Medical and sanitary report of the native army of Madras for the year
Year: 1878
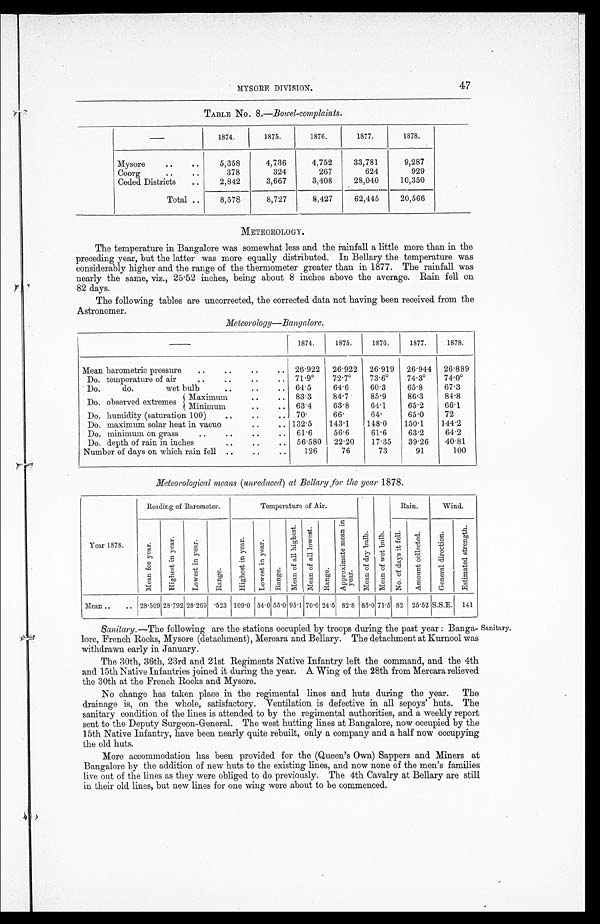
MYSORE DIVISION.
47
TABLE No. 8.—Bowel-complaints.
—
1874.
1875.
1876.
1877.
1878.
Mysore
..
..
5,358
4,736
4,752
33,781
9,287
Coorg
..
. .
378
324
267
624
929
Ceded Districts
..
2,842
3,667
3,408
28,040
10,350
Total ..
8,578
8,727
8,427
62,445
20,566
METEOROLOGY.
The temperature in Bangalore was somewhat less and the rainfall a little more than in the
preceding year, but the latter was more equally distributed. In Bellary the temperature was
considerably higher and the range of the thermometer greater than in 1877. The rainfall was
nearly the same, viz., 25.52 inches, being about 8 inches above the average. Rain fell on
82 days.
The following tables are uncorrected, the corrected data not having been received from the
Astronomer.
Meteorology—Bangalore.
—
1874.
1875.
1876.
1877.
1878.
Mean barometric pressure
..
..
..
.. 26.922 26.922 26.919 26.944 26.889
Do. temperature of air
. . ..
..
.. 71.9°72.7°73.6°74.3°74.0°D
o.
do.
wet bulb
. .
..
. . 64.5
64.6
60.3
65.8
67.3
Do. observed extremes Maximum
. .
. . 83.3
84.7
85.9
86.3
84.8
Minimum
. .
. . 63.4
63.8
64.1
65.2
66.1
Do. humidity (saturation 100)
..
..
. . 7 0 .
66.
64.
65.0
72
Do. maximum solar heat in vacuo . .
. .
. . 132.5
143.1
148.0
150.1
144.2
Do. minimun on grass
..
..
..
.. 61.6
56.6
61.6
63.2
64.2
Do. depth of rain in inches
..
..
.. 56.580 22.20
17.35
39.26
40.81
Number of days on which rain fell ..
..
..
126
76
73
91
100
Meteorological means (unreduced) at Bellary for the year 1878.
Year 1878.
Reading of Barometer.
Temperature of Air.
M e a n o f d r y b u l b .
M e a n o f w e t b u l b .
Rain.
Wind.
M e a n f o r y e a r .
H i g h e s t i n y e a r .
L o w e s t i n y e a r .
R a n g e .
H i g h e s t i n y e a r . L o w e s t i n y e a r .
R a n g e .
M e a n o f a l l h i g h e s t . M e a n o f a l l l o w e s t .
R a n g e .
A p p r o x i m a t e m e a n i n y e a r .
N o . o f d a y s i t f e l l . A m o u n t c o l l e c t e d .
G e n e r a l d i r e c t i o n .
E s t i m a t e d s t r e n g t h .
Mean ..
.. 28.509
2 8 . 7 9 2
28.269
. 5 2 3 109.0 54.0 55.0 95.1 70.6 24.5 82.8 85.0 71.5 82 25.52 S.S.E. 141
Sanitary.—The following are the stations occupied by troops during the past year : Banga
lore, French Rocks, Mysore (detachment), Mercara and Bellary. The detachment at Kurnool was
withdrawn early in January.
The 30th, 36th, 23rd and 21st Regiments Native Infantry left the command, and the 4th
and 15th Native Infantries joined it during the year. A Wing of the 28th from Mercara relieved
the 30th at the French Rocks and Mysore.
No change has taken place in the regimental lines and huts during the year. The
drainage is, on the whole, satisfactory. Ventilation is defective in all sepoys' huts. The
sanitary condition of the lines is attended to by the regimental authorities, and a weekly report
sent to the Deputy Surgeon-General. The west hutting lines at Bangalore, now occupied by the
15th Native Infantry, have been nearly quite rebuilt, only a company and a half now occupying
the old huts.
More accommodation has been provided for the (Queen's Own) Sappers and Miners at
Bangalore by the addition of new huts to the existing lines, and now none of the men's families
live out of the lines as they were obliged to do previously. The 4th Cavalry at Bellary are still
in their old lines, but new lines for one wing were about to be commenced.
Sanitary.